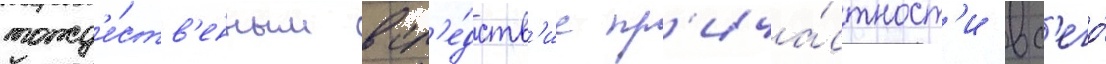
тожд'е́ств'енным всл'е́дств'ие пр'ича́стност'и вс'его́